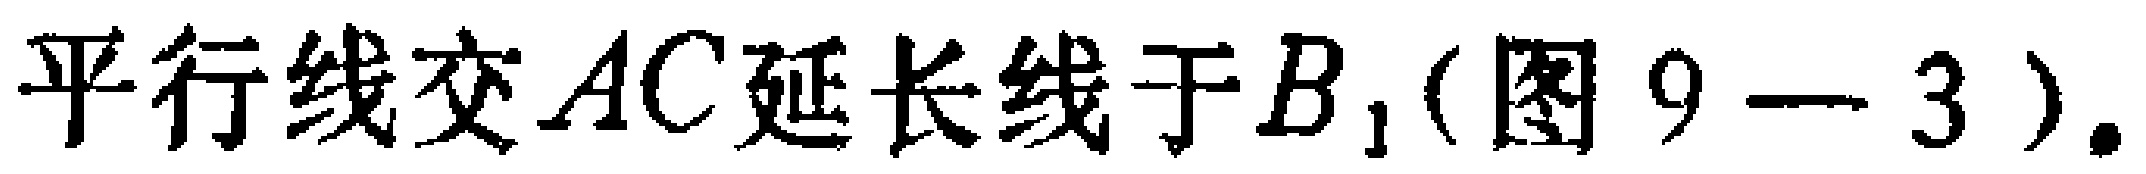
平行线交$AC$延长线于$B_{1}$(图$9 - 3$).